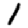
Digit: 1